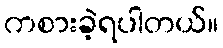
ကစားခဲ့ရပါတယ်။